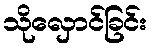
သိုလှောင်ခြင်း